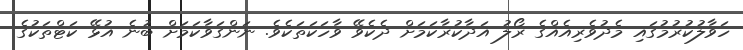
ހަވާލުކުރުމުގައި މެދުވެރިއެއްގެ ރޯލު އަދާކުރާކަމަށް ދެކެވޭ ވާހަކަތަކެވެ. ނަންގަވާކަމަށް ބުނެ އުޅޭ ކަޓްތަކުގެ